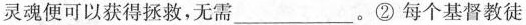
灵魂便可以获得拯救，无需 ___ 。②每个基督教徒